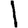
Digit: 1